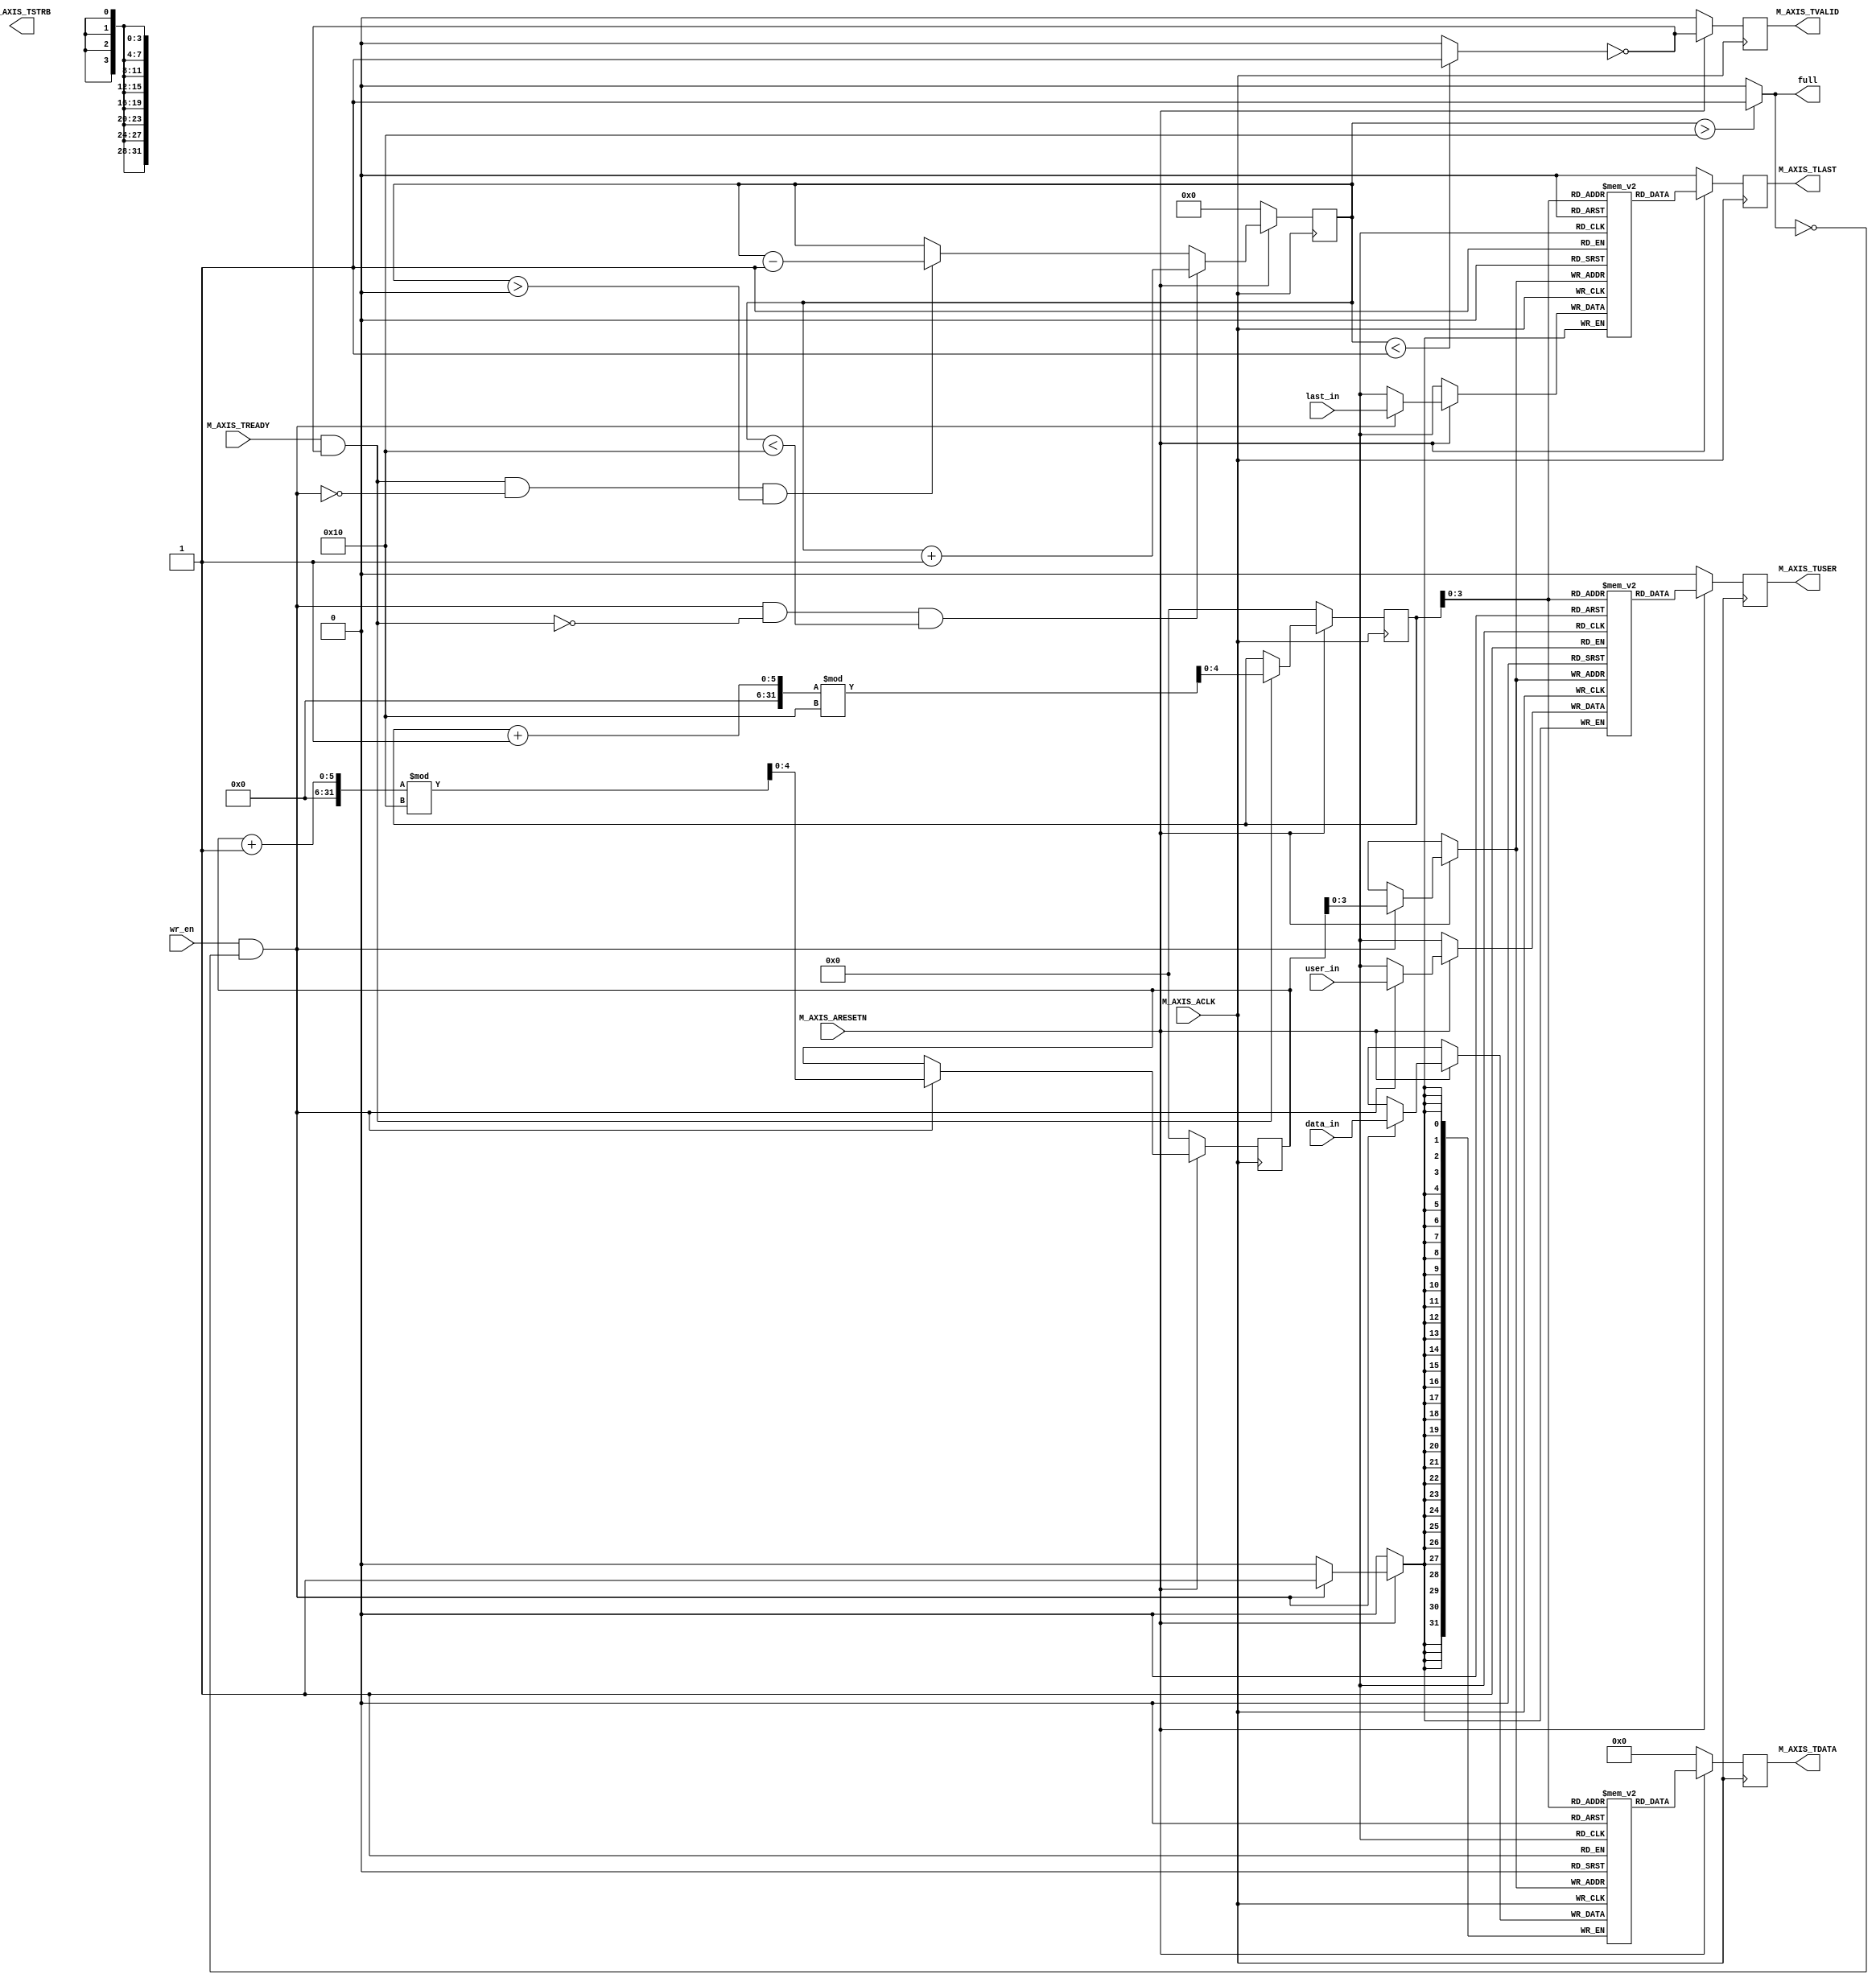
module M00_AXIS #(
	parameter integer C_M_AXIS_TDATA_WIDTH	= 32,
	parameter integer C_M_AXIS_FIFO_DEPTH	= 16
) (

    input wire wr_en,
    output wire full,
    input wire [C_M_AXIS_TDATA_WIDTH-1:0] data_in,
    input wire last_in,
	input wire user_in,
    // AXI Stream Interface
	input wire M_AXIS_ACLK,
    input wire M_AXIS_ARESETN,
	output reg [C_M_AXIS_TDATA_WIDTH-1:0] M_AXIS_TDATA,
    output reg M_AXIS_TVALID,
    input wire M_AXIS_TREADY,
	output wire [(C_M_AXIS_TDATA_WIDTH/8)-1 : 0] M_AXIS_TSTRB,
	output reg  M_AXIS_TLAST,
	output reg  M_AXIS_TUSER
    
);

    // Internal signals
    reg [C_M_AXIS_TDATA_WIDTH-1:0] mem_data [0:C_M_AXIS_FIFO_DEPTH-1];
	reg [0:0] mem_user [0:C_M_AXIS_FIFO_DEPTH-1];
	reg [0:0] mem_last [0:C_M_AXIS_FIFO_DEPTH-1];
    reg [$clog2(C_M_AXIS_FIFO_DEPTH):0] wr_ptr;
    reg [$clog2(C_M_AXIS_FIFO_DEPTH):0] rd_ptr;
    reg [$clog2(C_M_AXIS_FIFO_DEPTH+1):0] fifo_cnt;
	// wire rd_en;
	// reg [C_M_AXIS_TDATA_WIDTH-1:0] data_out;
	wire empty;
    // Write operation
    always @(posedge M_AXIS_ACLK) begin
        if (!M_AXIS_ARESETN) begin
            wr_ptr <= 0;
        end else if (wr_en && !full) begin
            mem_data[wr_ptr] <= data_in;
			mem_user[wr_ptr] <= user_in;
			mem_last[wr_ptr] <= last_in;
            wr_ptr <= (wr_ptr + 1) % C_M_AXIS_FIFO_DEPTH;
        end
    end

    // Read operation
    always @(posedge M_AXIS_ACLK) begin
        if (!M_AXIS_ARESETN) begin
            rd_ptr <= 0;
            M_AXIS_TDATA <= 0;
			M_AXIS_TVALID <= 0;
            M_AXIS_TLAST <= 0;
            M_AXIS_TUSER <= 0;
        end else begin
			M_AXIS_TVALID <= !empty;
            M_AXIS_TDATA <= mem_data[rd_ptr];
            M_AXIS_TLAST <= mem_last[rd_ptr];
            M_AXIS_TUSER <= mem_user[rd_ptr];
			if (M_AXIS_TREADY && !empty) begin
				rd_ptr <= (rd_ptr + 1) % C_M_AXIS_FIFO_DEPTH;
			end
        end
    end

    // FIFO count management
    always @(posedge M_AXIS_ACLK) begin
        if (!M_AXIS_ARESETN) begin
            fifo_cnt <= 0;
        end else begin
            if (wr_en && !full && !(M_AXIS_TREADY && !empty) && fifo_cnt<C_M_AXIS_FIFO_DEPTH) begin
                fifo_cnt <= fifo_cnt + 1;
            end else if (M_AXIS_TREADY && !empty && !(wr_en && !full) && fifo_cnt>0) begin
                fifo_cnt <= fifo_cnt - 1;
            end
        end
    end

    // FIFO status flags
    assign full = (fifo_cnt > C_M_AXIS_FIFO_DEPTH) ? 1 : 0;
    assign empty = (fifo_cnt < 1) ? 1 : 0;
    // always @(posedge M_AXIS_ACLK) begin
    //     if (!M_AXIS_ARESETN) begin
    //         full <= 0;
    //         empty <= 1;
    //     end else begin
    //         full <= (fifo_cnt >= C_M_AXIS_FIFO_DEPTH - 1);
    //         empty <= (fifo_cnt <= 0);
    //     end
    // end

    // AXI Stream Interface
    // always @(posedge M_AXIS_ACLK) begin
    //     if (!M_AXIS_ARESETN) begin
    //         M_AXIS_TVALID <= 0;
    //         M_AXIS_TDATA <= 0;
    //     end else begin
    //         M_AXIS_TVALID <= !empty;
    //         if (M_AXIS_TVALID && M_AXIS_TREADY) begin
    //             M_AXIS_TDATA <= data_out;
    //         end
    //     end
    // end

    // Read enable logic for AXI Stream
    // assign rd_en = M_AXIS_TVALID && M_AXIS_TREADY;

endmodule